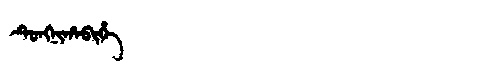
Manchu: ᡨᡠᠩᠨᡳᡥᠠᠪᡳᡥᡝ
Romanization: TUNGNIHABIHE